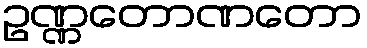
ဥဏ္ဏတောဏတော